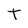
Character: t